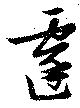
遷